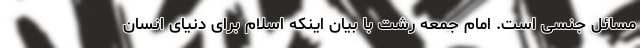
مسائل جنسی است. امام جمعه رشت با بیان اینکه اسلام برای دنیای انسان